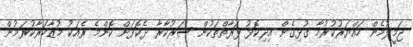
ޖަމީލުމެން ހައްޔަރުކުރުމާ ގުޅިގެން އިދިކޮޅު ފަރާތްތަކުން ސަރުކާރާ ދެކޮޅަށް ކޮންމެ ރެއަކު މުޒާހަރާކުރަމުން